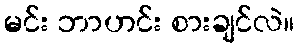
မင်း ဘာဟင်း စားချင်လဲ။